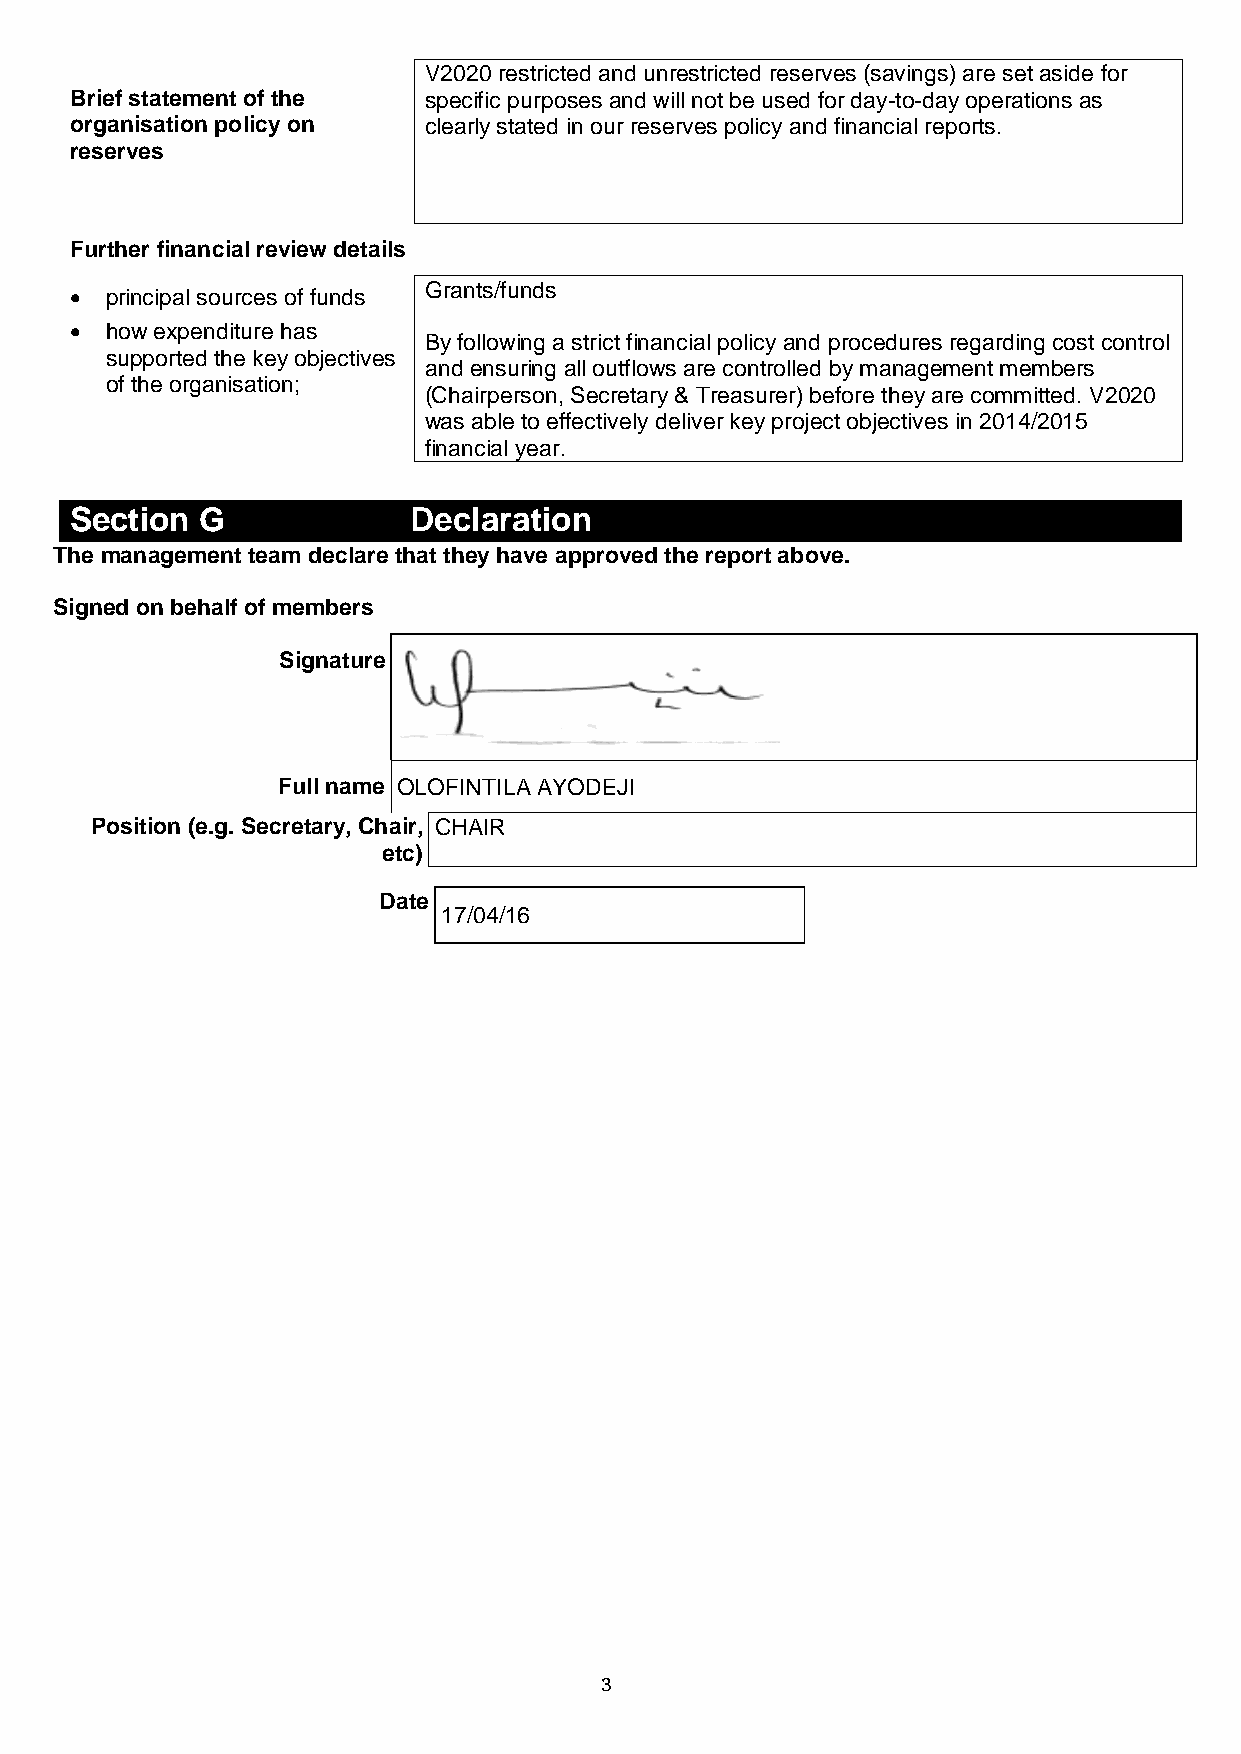
V2020 restricted and unrestricted reserves (savings) are set aside for
 Brief statement of the specific purposes and will not be used for day-to-day operations as
 organisation policy on clearly stated in our reserves policy and financial reports.
 reserves
 Further financial review details
 Grants/funds
  principal sources of funds
  how expenditure has
 By following a strict financial policy and procedures regarding cost control
 supported the key objectives
 and ensuring all outflows are controlled by management members
 of the organisation;
 (Chairperson, Secretary & Treasurer) before they are committed. V2020
 was able to effectively deliver key project objectives in 2014/2015
 financial year.
 Section G             Declaration
 The management team declare that they have approved the report above.
 Signed on behalf of members
 Signature
 Full name OLOFINTILA AYODEJI
 Position (e.g. Secretary, Chair, CHAIR
 etc)
 Date
 17/04/16
 3